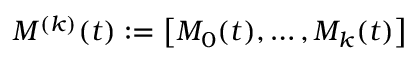
M ^ { ( k ) } ( t ) : = \left[ M _ { 0 } ( t ) , \ldots , M _ { k } ( t ) \right]